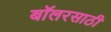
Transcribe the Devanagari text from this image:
बॉलरसाठी